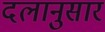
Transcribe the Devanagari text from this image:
दलानुसार